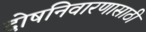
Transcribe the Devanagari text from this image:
दोषनिवारणासाठी